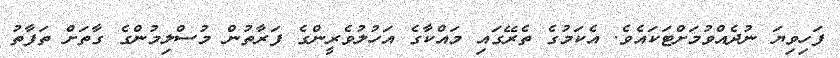
ފަހިވިޔަ ނުދެއްވުމަށްޓަކައެވެ. އެކަމުގެ ތެރޭގައި މައްކާގެ އަހުލުވެރީންގެ ފަރާތުން މުސްލިމުންގެ ގާތަށް ތަފާތު